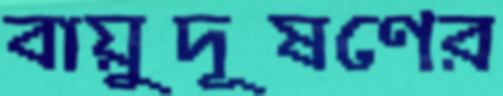
বায়ুদূষণের